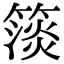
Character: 𥲄